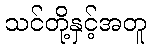
သင်တို့နှင့်အတူ